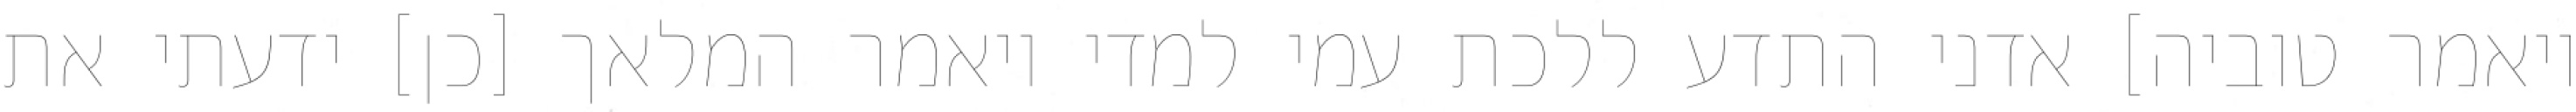
ויאמר טוביה] אדני התדע ללכת עמי למדי ויאמר המלאך [כן] ידעתי את